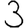
Digit: 3